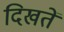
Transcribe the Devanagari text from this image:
दिखतें